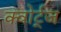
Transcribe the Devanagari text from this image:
क्वोर्ट्‌ज